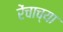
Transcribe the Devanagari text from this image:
रेंचाच्या